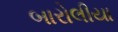
બારોલીયા